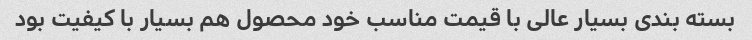
بسته بندی بسیار عالی با قیمت مناسب خود محصول هم بسیار با کیفیت بود